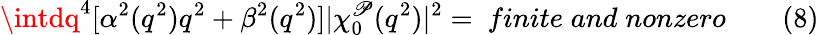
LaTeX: \intdq^{4}[\alpha^{2}(q^{2})q^{2}+\beta^{2}(q^{2})]|\chi_{0}^{\mathscr{P}}(q^{2})|^{2}=~finite\; and\; nonzero\qquad(8)